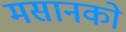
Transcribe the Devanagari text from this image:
मसानको